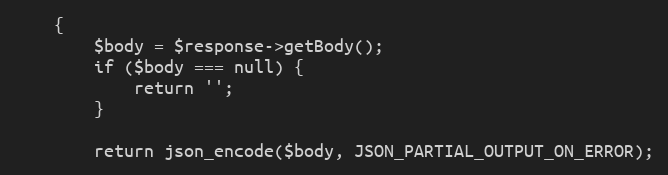
Language: PHP
    {
        $body = $response->getBody();
        if ($body === null) {
            return '';
        }

        return json_encode($body, JSON_PARTIAL_OUTPUT_ON_ERROR);